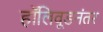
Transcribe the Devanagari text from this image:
हॉलिवूडनंतर